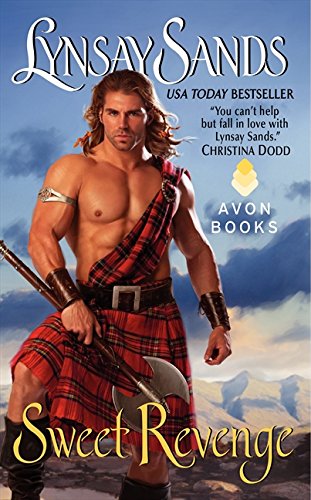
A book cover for Sweet Revenge; Lynsay Sands; Romance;